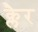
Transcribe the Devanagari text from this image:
क्लैर